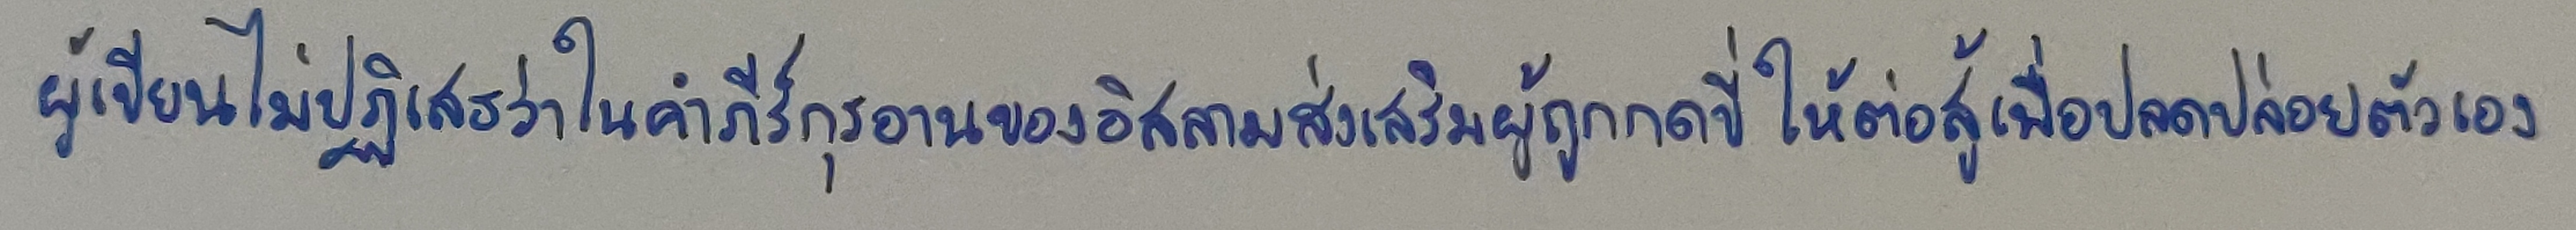
ผู้เขียนไม่ปฏิเสธว่าในคำภีร์กุรอานของอิสลามส่งเสริมผู้ถูกกดขี่ให้ต่อสู้เพื่อปลดปล่อยตัวเอง